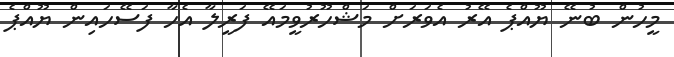
މީހުން ބުނޭ ޔޫއްޕެ އޭރު އެވަރަށް މަޝްހޫރުވީމައޭ ފަރީލާ އެހާ ފަސޭހައިން ޔޫއްޕެ